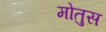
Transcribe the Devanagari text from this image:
मोतुस